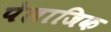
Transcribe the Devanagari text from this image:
पेलाजिक